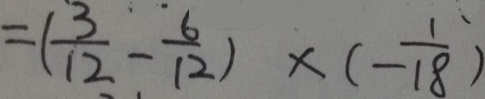
= ( \frac { 3 } { 1 2 } - \frac { 6 } { 1 2 } ) \times ( - \frac { 1 } { 1 8 } )